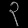
Digit: ၃